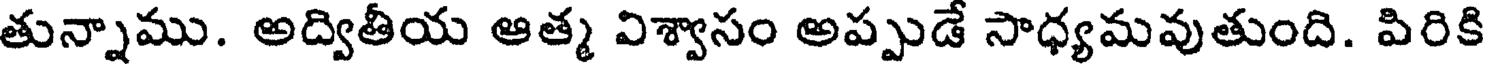
తున్నాము. అద్వితీయ ఆత్మ విశ్వాసం అప్పుడే సాధ్యమవుతుంది. పిరికి